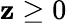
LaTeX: \mathbf{z}\geq0